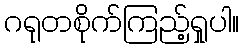
ဂရုတစိုက်ကြည့်ရှုပါ။